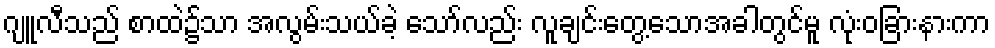
ဂျူလီသည် စာထဲ၌သာ အလွမ်းသယ်ခဲ့ သော်လည်း လူချင်းတွေ့သောအခါတွင်မူ လုံးဝခြားနားကာ